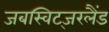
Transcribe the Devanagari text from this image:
जबस्विट्जरलैंड